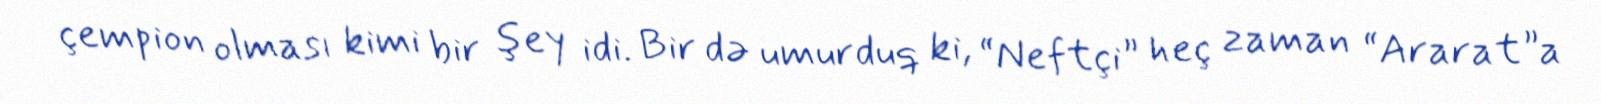
çempion olması kimi bir şey idi. Bir də umurduq ki, “Neftçi” heç zaman “Ararat”a